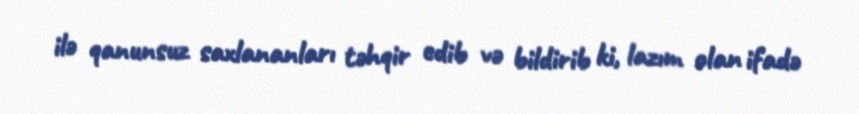
ilə qanunsuz saxlananları təhqir edib və bildirib ki, lazım olan ifadə